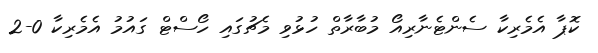
ކޮޕާ އެމެރިކާ ސެންޓެނާރިއޯ މުބާރާތް ހުޅުވި މެޗުގައި ހޯސްޓް ގައުމު އެމެރިކާ 0-2